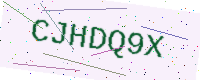
Text: CJHDQ9X